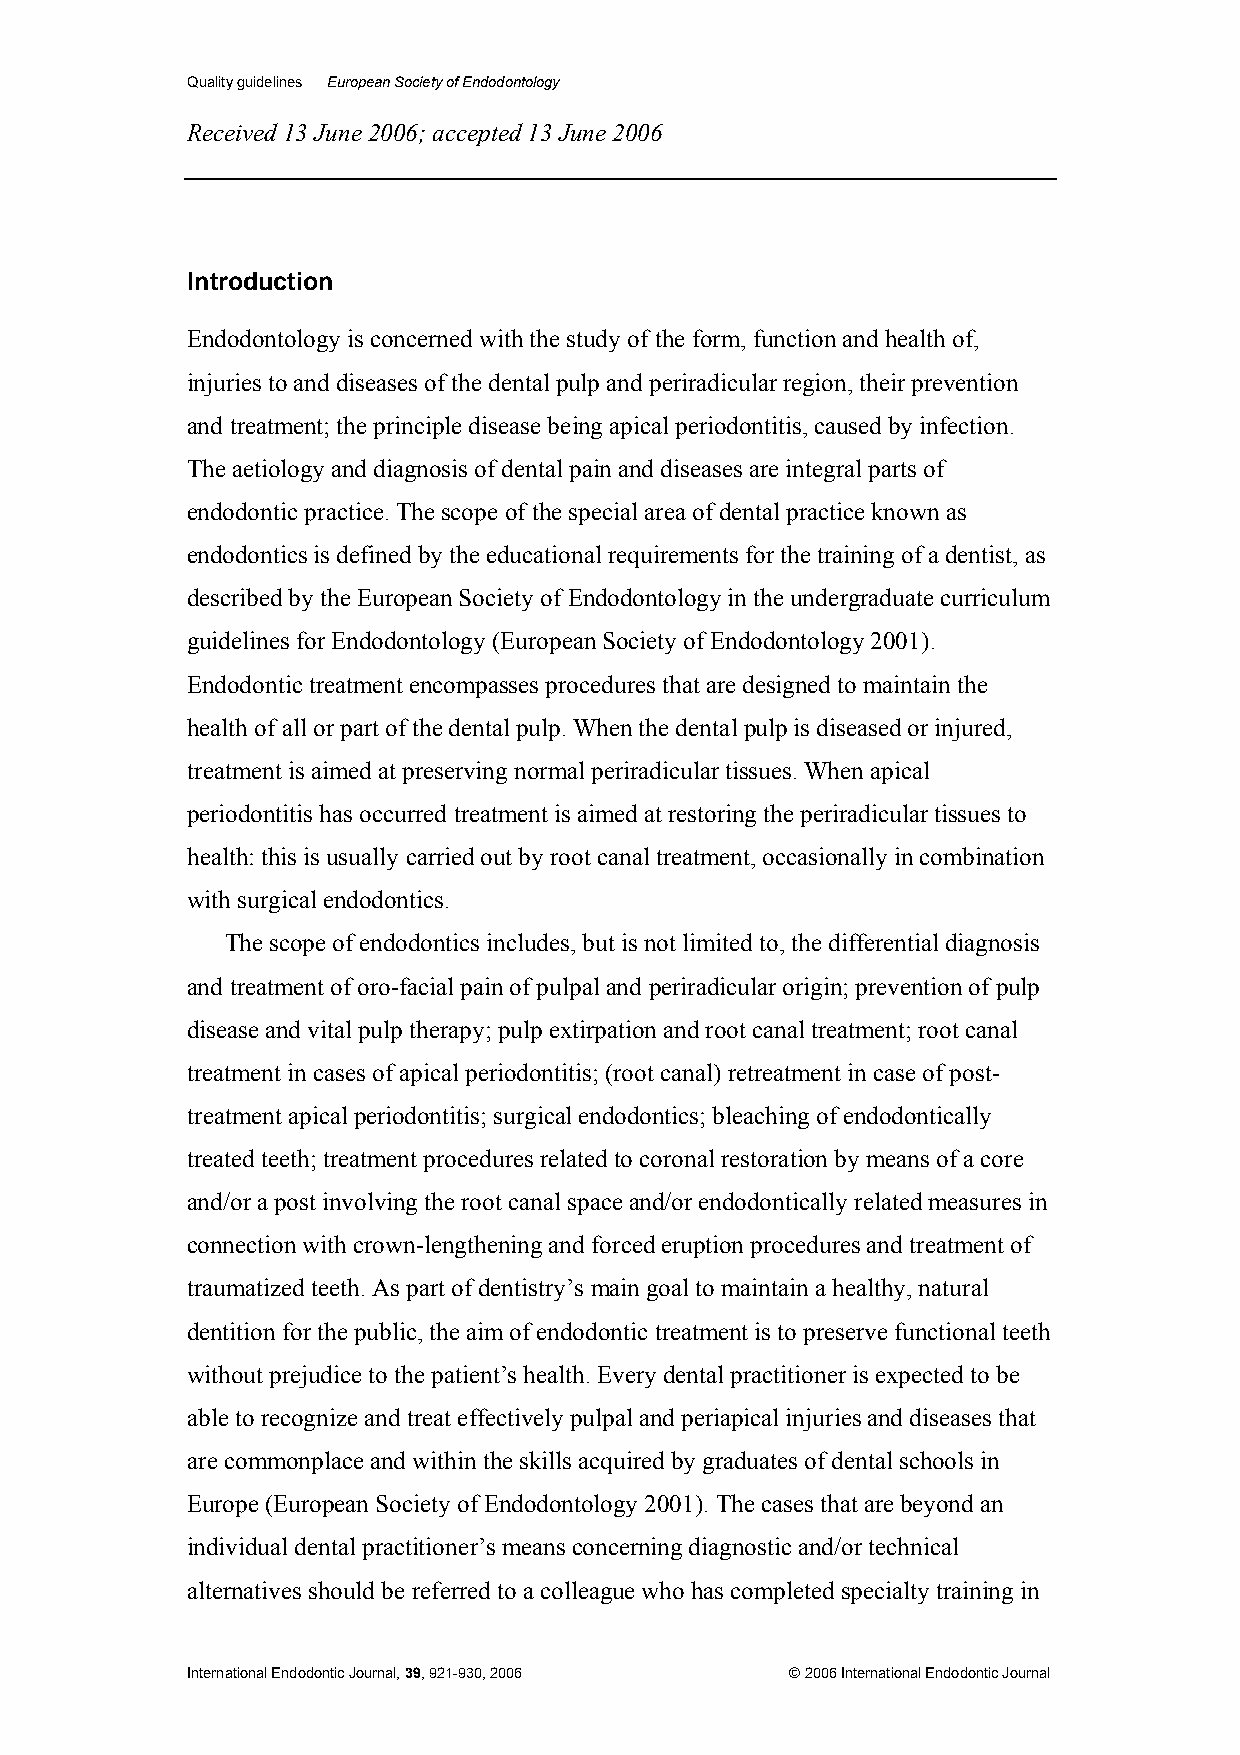
Quality guidelines European Society of Endodontology
 Received 13 June 2006; accepted 13 June 2006
 Introduction
 Endodontology is concerned with the study of the form, function and health of,
 injuries to and diseases of the dental pulp and periradicular region, their prevention
 and treatment; the principle disease being apical periodontitis, caused by infection.
 The aetiology and diagnosis of dental pain and diseases are integral parts of
 endodontic practice. The scope of the special area of dental practice known as
 endodontics is defined by the educational requirements for the training of a dentist, as
 described by the European Society of Endodontology in the undergraduate curriculum
 guidelines for Endodontology (European Society of Endodontology 2001).
 Endodontic treatment encompasses procedures that are designed to maintain the
 health of all or part of the dental pulp. When the dental pulp is diseased or injured,
 treatment is aimed at preserving normal periradicular tissues. When apical
 periodontitis has occurred treatment is aimed at restoring the periradicular tissues to
 health: this is usually carried out by root canal treatment, occasionally in combination
 with surgical endodontics.
 The scope of endodontics includes, but is not limited to, the differential diagnosis
 and treatment of oro-facial pain of pulpal and periradicular origin; prevention of pulp
 disease and vital pulp therapy; pulp extirpation and root canal treatment; root canal
 treatment in cases of apical periodontitis; (root canal) retreatment in case of post-
 treatment apical periodontitis; surgical endodontics; bleaching of endodontically
 treated teeth; treatment procedures related to coronal restoration by means of a core
 and/or a post involving the root canal space and/or endodontically related measures in
 connection with crown-lengthening and forced eruption procedures and treatment of
 traumatized teeth. As part of dentistry’s main goal to maintain a healthy, natural
 dentition for the public, the aim of endodontic treatment is to preserve functional teeth
 without prejudice to the patient’s health. Every dental practitioner is expected to be
 able to recognize and treat effectively pulpal and periapical injuries and diseases that
 are commonplace and within the skills acquired by graduates of dental schools in
 Europe (European Society of Endodontology 2001). The cases that are beyond an
 individual dental practitioner’s means concerning diagnostic and/or technical
 alternatives should be referred to a colleague who has completed specialty training in
 International Endodontic Journal, 39, 921-930, 2006 © 2006 International Endodontic Journal